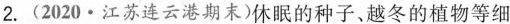
2. (2020 · 江苏连云港期末)休眠的种子，越冬的植物等细